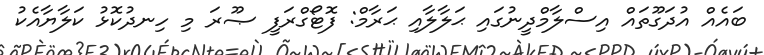
ބައެއް އުދަގޫތައް އިސްލާމްދީނުގައި ޙަލާލާއި ޙަރާމް: ފޮޓޯގްރަފީ ޞޫރަ މި ހިނދުކޮޅު ކަލާޔާއެކު